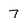
Character: 7